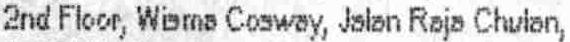
2ND FLOOR, WISMA COSWAY, JALAN RAJA CHULAN,